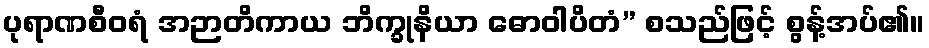
ပုရာဏစီဝရံ အဉာတိကာယ ဘိက္ခုနိယာ ဓောဝါပိတံ” စသည်ဖြင့် စွန့်အပ်၏။